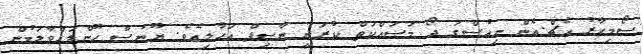
ސޯމިހާރު އެޗް.އެން ނިއުސްގަ ދޯ މަސައްކަތް ކުރަނީ ނާސިފް އަހާލިއެވެ. ޔޫނުސް ހޫންލައްވާލަމުން